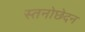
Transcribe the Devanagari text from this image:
स्तनोछेदन